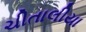
ચીતાલીયા